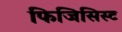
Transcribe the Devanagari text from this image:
फिजिसिस्ट